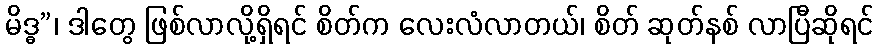
မိဒ္ဓ”၊ ဒါတွေ ဖြစ်လာလို့ရှိရင် စိတ်က လေးလံလာတယ်၊ စိတ် ဆုတ်နစ် လာပြီဆိုရင်